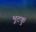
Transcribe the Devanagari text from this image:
भूटकु